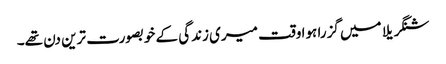
شنگریلا میں گزرا ہوا وقت میری زندگی کے خوبصورت ترین دن تھے۔